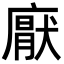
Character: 𭙵